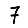
Digit: 7